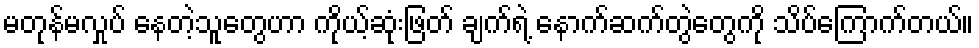
မတုန်မလှုပ် နေတဲ့သူတွေဟာ ကိုယ့်ဆုံးဖြတ် ချက်ရဲ့ နောက်ဆက်တွဲတွေကို သိပ်ကြောက်တယ်။